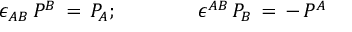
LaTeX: \epsilon _ { A B } \, P ^ { B } \, = \, P _ { A } ; \qquad \qquad \epsilon ^ { A B } \, P _ { B } \, = \, - \, P ^ { A }